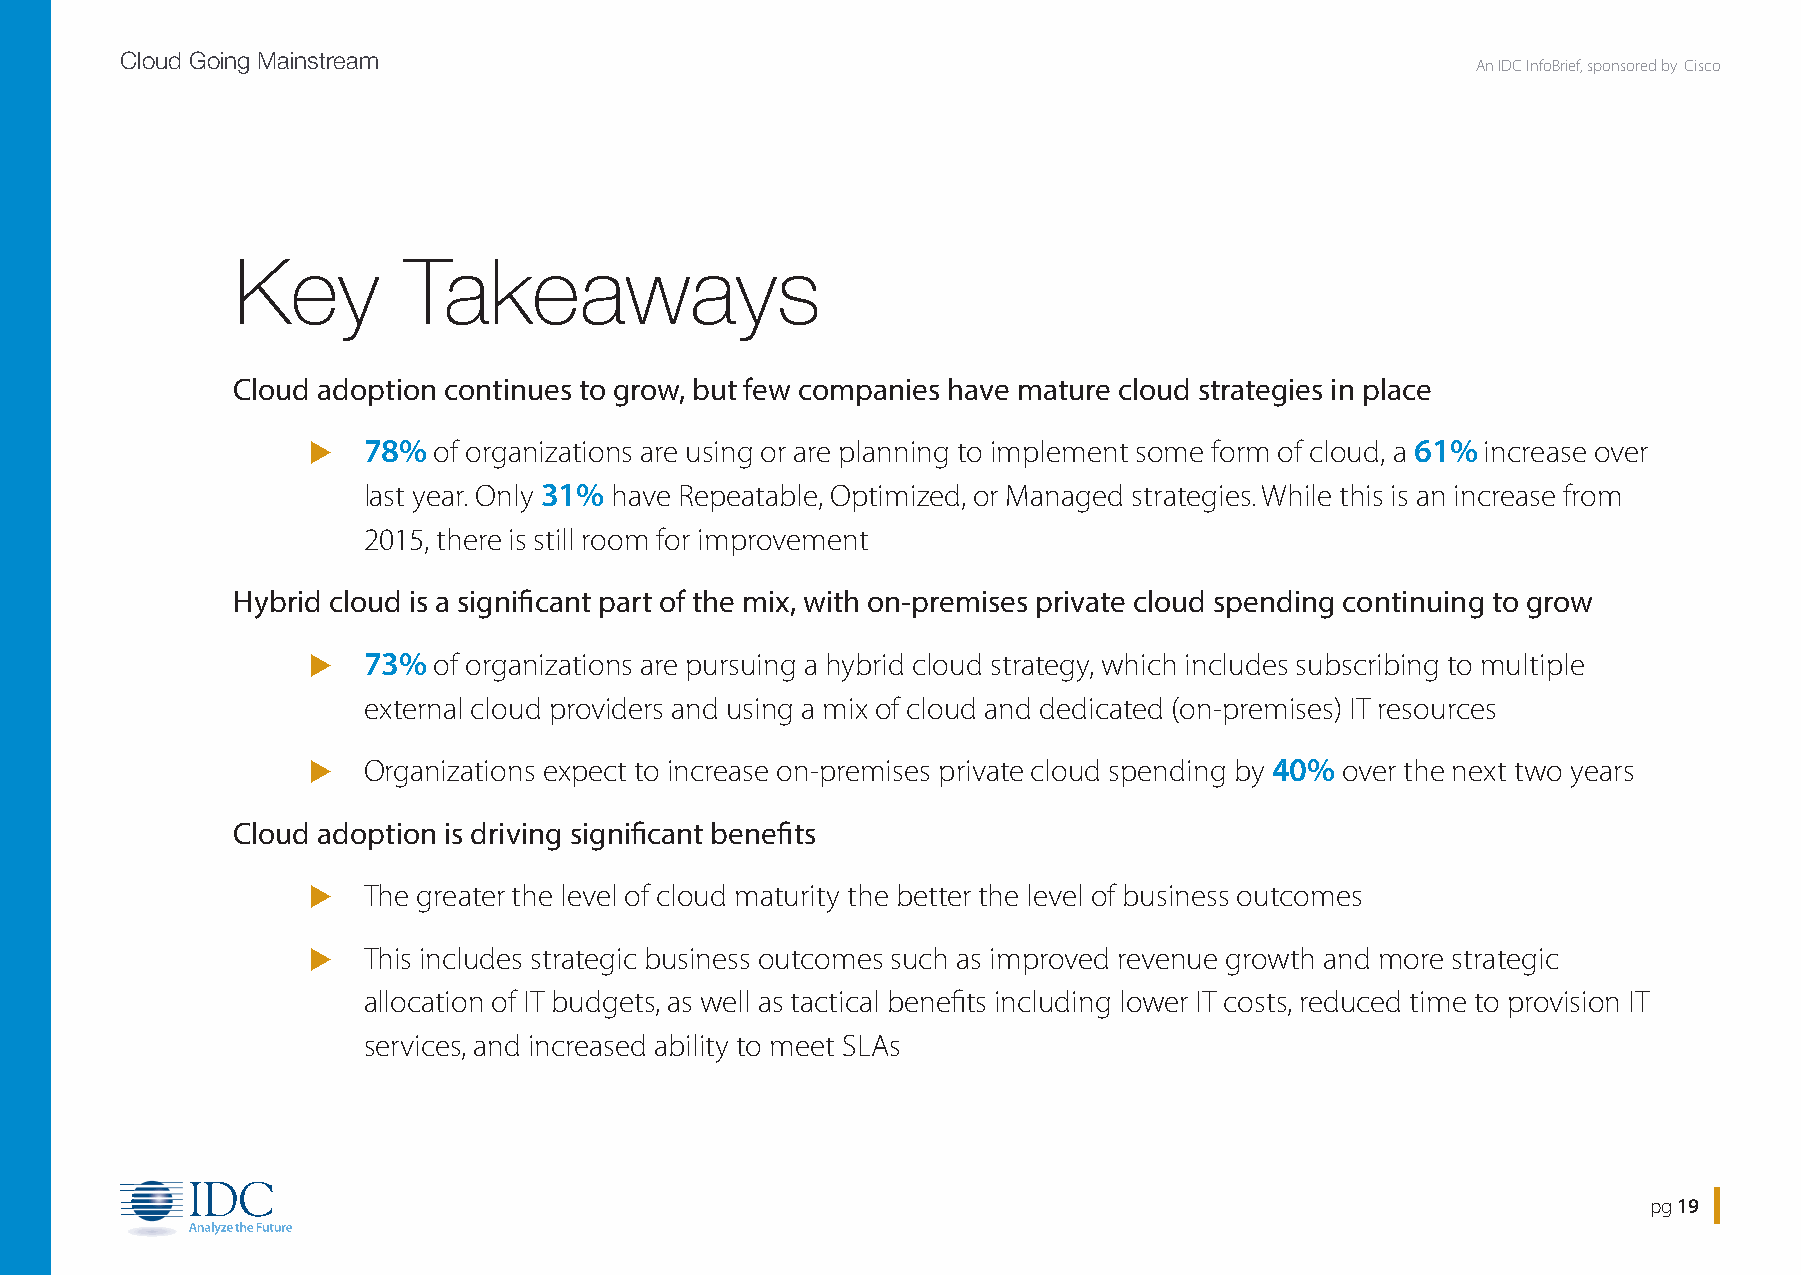
Cloud Going Mainstream
 An IDC InfoBrief, sponsored by Cisco
 Key        Takeaways
 Cloud adoption continues to grow, but few companies have mature cloud strategies in place
 u   78%  of organizations are using or are planning to implement some form of cloud, a 61% increase over
 last year. Only 31% have Repeatable, Optimized, or Managed strategies. While this is an increase from
 2015, there is still room for improvement
 Hybrid cloud is a significant part of the mix, with on-premises private cloud spending continuing to grow
 u   73%  of organizations are pursuing a hybrid cloud strategy, which includes subscribing to multiple
 external cloud providers and using a mix of cloud and dedicated (on-premises) IT resources
 u   Organizations expect to increase on-premises private cloud spending by 40% over the next two years
 Cloud adoption is driving significant benefits
 u   The greater the level of cloud maturity the better the level of business outcomes
 u   This includes strategic business outcomes such as improved revenue growth and more strategic
 allocation of IT budgets, as well as tactical benefits including lower IT costs, reduced time to provision IT
 services, and increased ability to meet SLAs
 pg 19